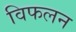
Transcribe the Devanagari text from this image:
विफलन